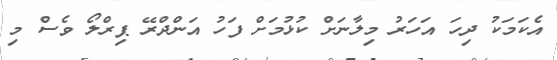
އެކަމަކު ދިހަ އަހަރު މިލާނަށް ކުޅުމަށް ފަހު އަންދްރޭ ޕިރްލޯ ވެސް މި